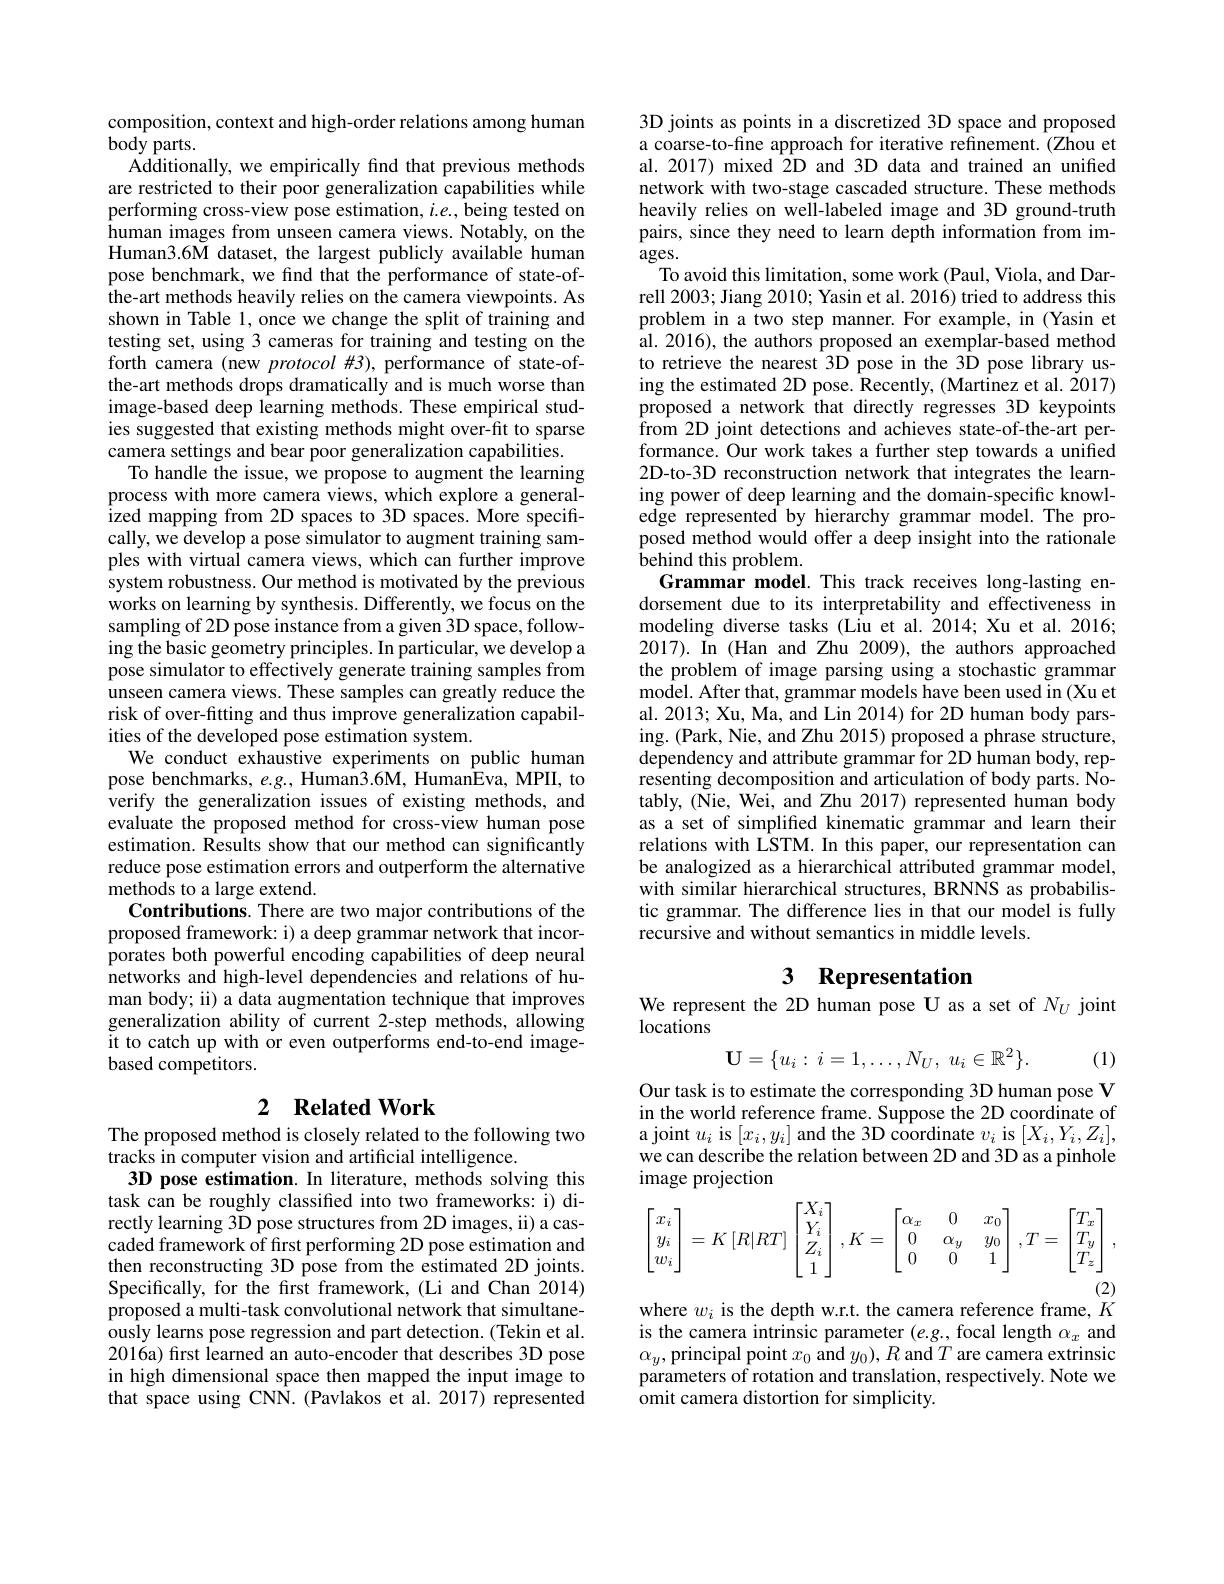
composition, context and high-order relations among human
$bod\vec{\mathbf{y}}$ parts.
Additionally, we empirically find that previous methods are restricted to their poor generalization capabilities while performing cross-view pose estimation, $i.e.$, being tested on human images from unseen camera views. Notably, on the Human3.6M dataset, the largest publicly available human pose benchmark, we find that the performance of state-ofthe-art methods heavily relies on the camera viewpoints. As shown in Table 1, once we change the split of training and testing set, using 3 cameras for training and testing on the forth camera (new protocol #3), performance of state-ofthe-art methods drops dramatically and is much worse than image-based deep learning methods. These empirical studies suggested that existing methods might over-fit to sparse camera settings and bear poor generalization capabilities.
To handle the issue, we propose to augment the learning process with more camera views, which explore a generalized mapping from 2D spaces to 3D spaces. More specifi- cally, we develop a pose simulator to augment training samples with virtual camera views, which can further improve system robustness. Our method is motivated by the previous works on learning by synthesis. Differently, we focus on the sampling of 2D pose instance from a given 3D space, following the basic geometry principles. In particular, we develop a pose simulator to effectively generate training samples from unseen camera views. These samples can greatly reduce the risk of over-fitting and thus improve generalization capabilities of the developed pose estimation system.
We conduct exhaustive experiments on public human pose benchmarks, $e.g.$, Human3.6M, HumanEva, MPII, to verify the generalization issues of existing methods, and evaluate the proposed method for cross-view human pose estimation. Results show that our method can significantly reduce pose estimation errors and outperform the alternative methods to a large extend.
Contributions. There are two major contributions of the proposed framework: i) a deep grammar network that incorporates both powerful encoding capabilities of deep neural networks and high-level dependencies and relations of human body; ii) a data augmentation technique that improves generalization ability of current 2-step methods, allowing it to catch up with or even outperforms end-to-end imagebased competitors.

## 2 $\textbf{Related Work}$

The proposed method is closely related to the following two
tracks in computer vision and artificial intelligence.
3D pose estimation. In literature, methods solving this task can be roughly classified into two frameworks: i) directly learning 3D pose structures from 2D images, ii) a cascaded framework of first performing 2D pose estimation and then reconstructing 3D pose from the estimated 2D joints. Specifically, for the first framework, (Li and Chan 2014) proposed a multi-task convolutional network that simultaneously learns pose regression and part detection. (Tekin et al. $201\dot{6}$a) first learned an auto-encoder that describes 3D pose in high dimensional space then mapped the input image to that space using CNN. (Pavlakos et al. 2017) represented

3D joints as points in a discretized 3D space and proposed a coarse-to-fine approach for iterative refinement. (Zhou et al. 2017) mixed 2D and 3D data and trained an unified network with two-stage cascaded structure. These methods heavily relies on well-labeled image and 3D ground-truth pairs, since they need to learn depth information from im- $\arg es.$
To avoid this limitation, some work (Paul, Viola, and Darrell 2003; Jiang 2010; Yasin et al. 2016) tried to address this problem in a two step manner. For example, in (Yasin et al. 2016), the authors proposed an exemplar-based method to retrieve the nearest 3D pose in the 3D pose library using the estimated 2D pose. Recently, (Martinez et al. 2017) proposed a network that directly regresses 3D keypoints from 2D joint detections and achieves state-of-the-art performance. Our work takes a further step towards a unified 2D-to-3D reconstruction network that integrates the learning power of deep learning and the domain-specific knowledge represented by hierarchy grammar model. The proposed method would offer a deep insight into the rationale behind this problem.
Grammar model. This track receives long-lasting endorsement due to its interpretability and effectiveness in modeling diverse tasks (Liu et al.2014; Xu et al. 2016; 2017). In (Han and Zhu 2009), the authors approached the problem of image parsing using a stochastic grammar ${\mathrm{model.~After~that,~grammar~models~have~been~used~in~(Xu~et})}$ al. 2013; Xu, Ma, and Lin 2014) for 2D human body parsing. (Park, Nie, and Zhu 2015) proposed a phrase structure, dependency and attribute grammar for 2D human body, representing decomposition and articulation of body parts. Notably, (Nie, Wei, and Zhu 2017) represented human body as a set of simplified kinematic grammar and learn their relations with LSTM. In this paper, our representation can be analogized as a hierarchical attributed grammar model, with similar hierarchical structures, BRNNS as probabilistic grammar. The difference lies in that our model is fully recursive and without semantics in middle levels.
3 Representation

We represent the 2D human pose U as a set of $N_U$ joint
locations
$$\mathbf{U}=\{u_i:\:i=1,\ldots,N_U,\:u_i\in\mathbb{R}^2\}.$$
(1)

Our task is to estimate the corresponding 3D human pose V in the world reference frame. Suppose the 2D coordinate of a joint $u_i$ is $[x_i,y_i]$ and the 3D coordinate $v_i$ is $[X_i,Y_i,Z_i]$, we can describe the relation between 2D and 3D as a pinhole image projection
$$\begin{bmatrix}x_i\\y_i\\w_i\end{bmatrix}=K\left[R|RT\right]\begin{bmatrix}X_i\\Y_i\\Z_i\\1\end{bmatrix},K=\begin{bmatrix}\alpha_x&&0&&x_0\\0&&\alpha_y&&y_0\\0&&0&&1\end{bmatrix},T=\begin{bmatrix}T_x\\T_y\\T_z\end{bmatrix},$$
where $w_i$ is the depth w.r.t. the camera reference frame, $K$

is the camera intrinsic parameter $(e.g.$, focal length $\alpha_x$ and $\alpha_{y}$,principal point $x_0$ and $y_0),R$ and $T$ are camera extrinsic parameters of rotation and translation, respectively. Note we ${\tilde{\text{omit camera distortion for simplicity}}}$